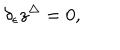
\delta _ { \epsilon } z ^ { \Delta } = 0 ,